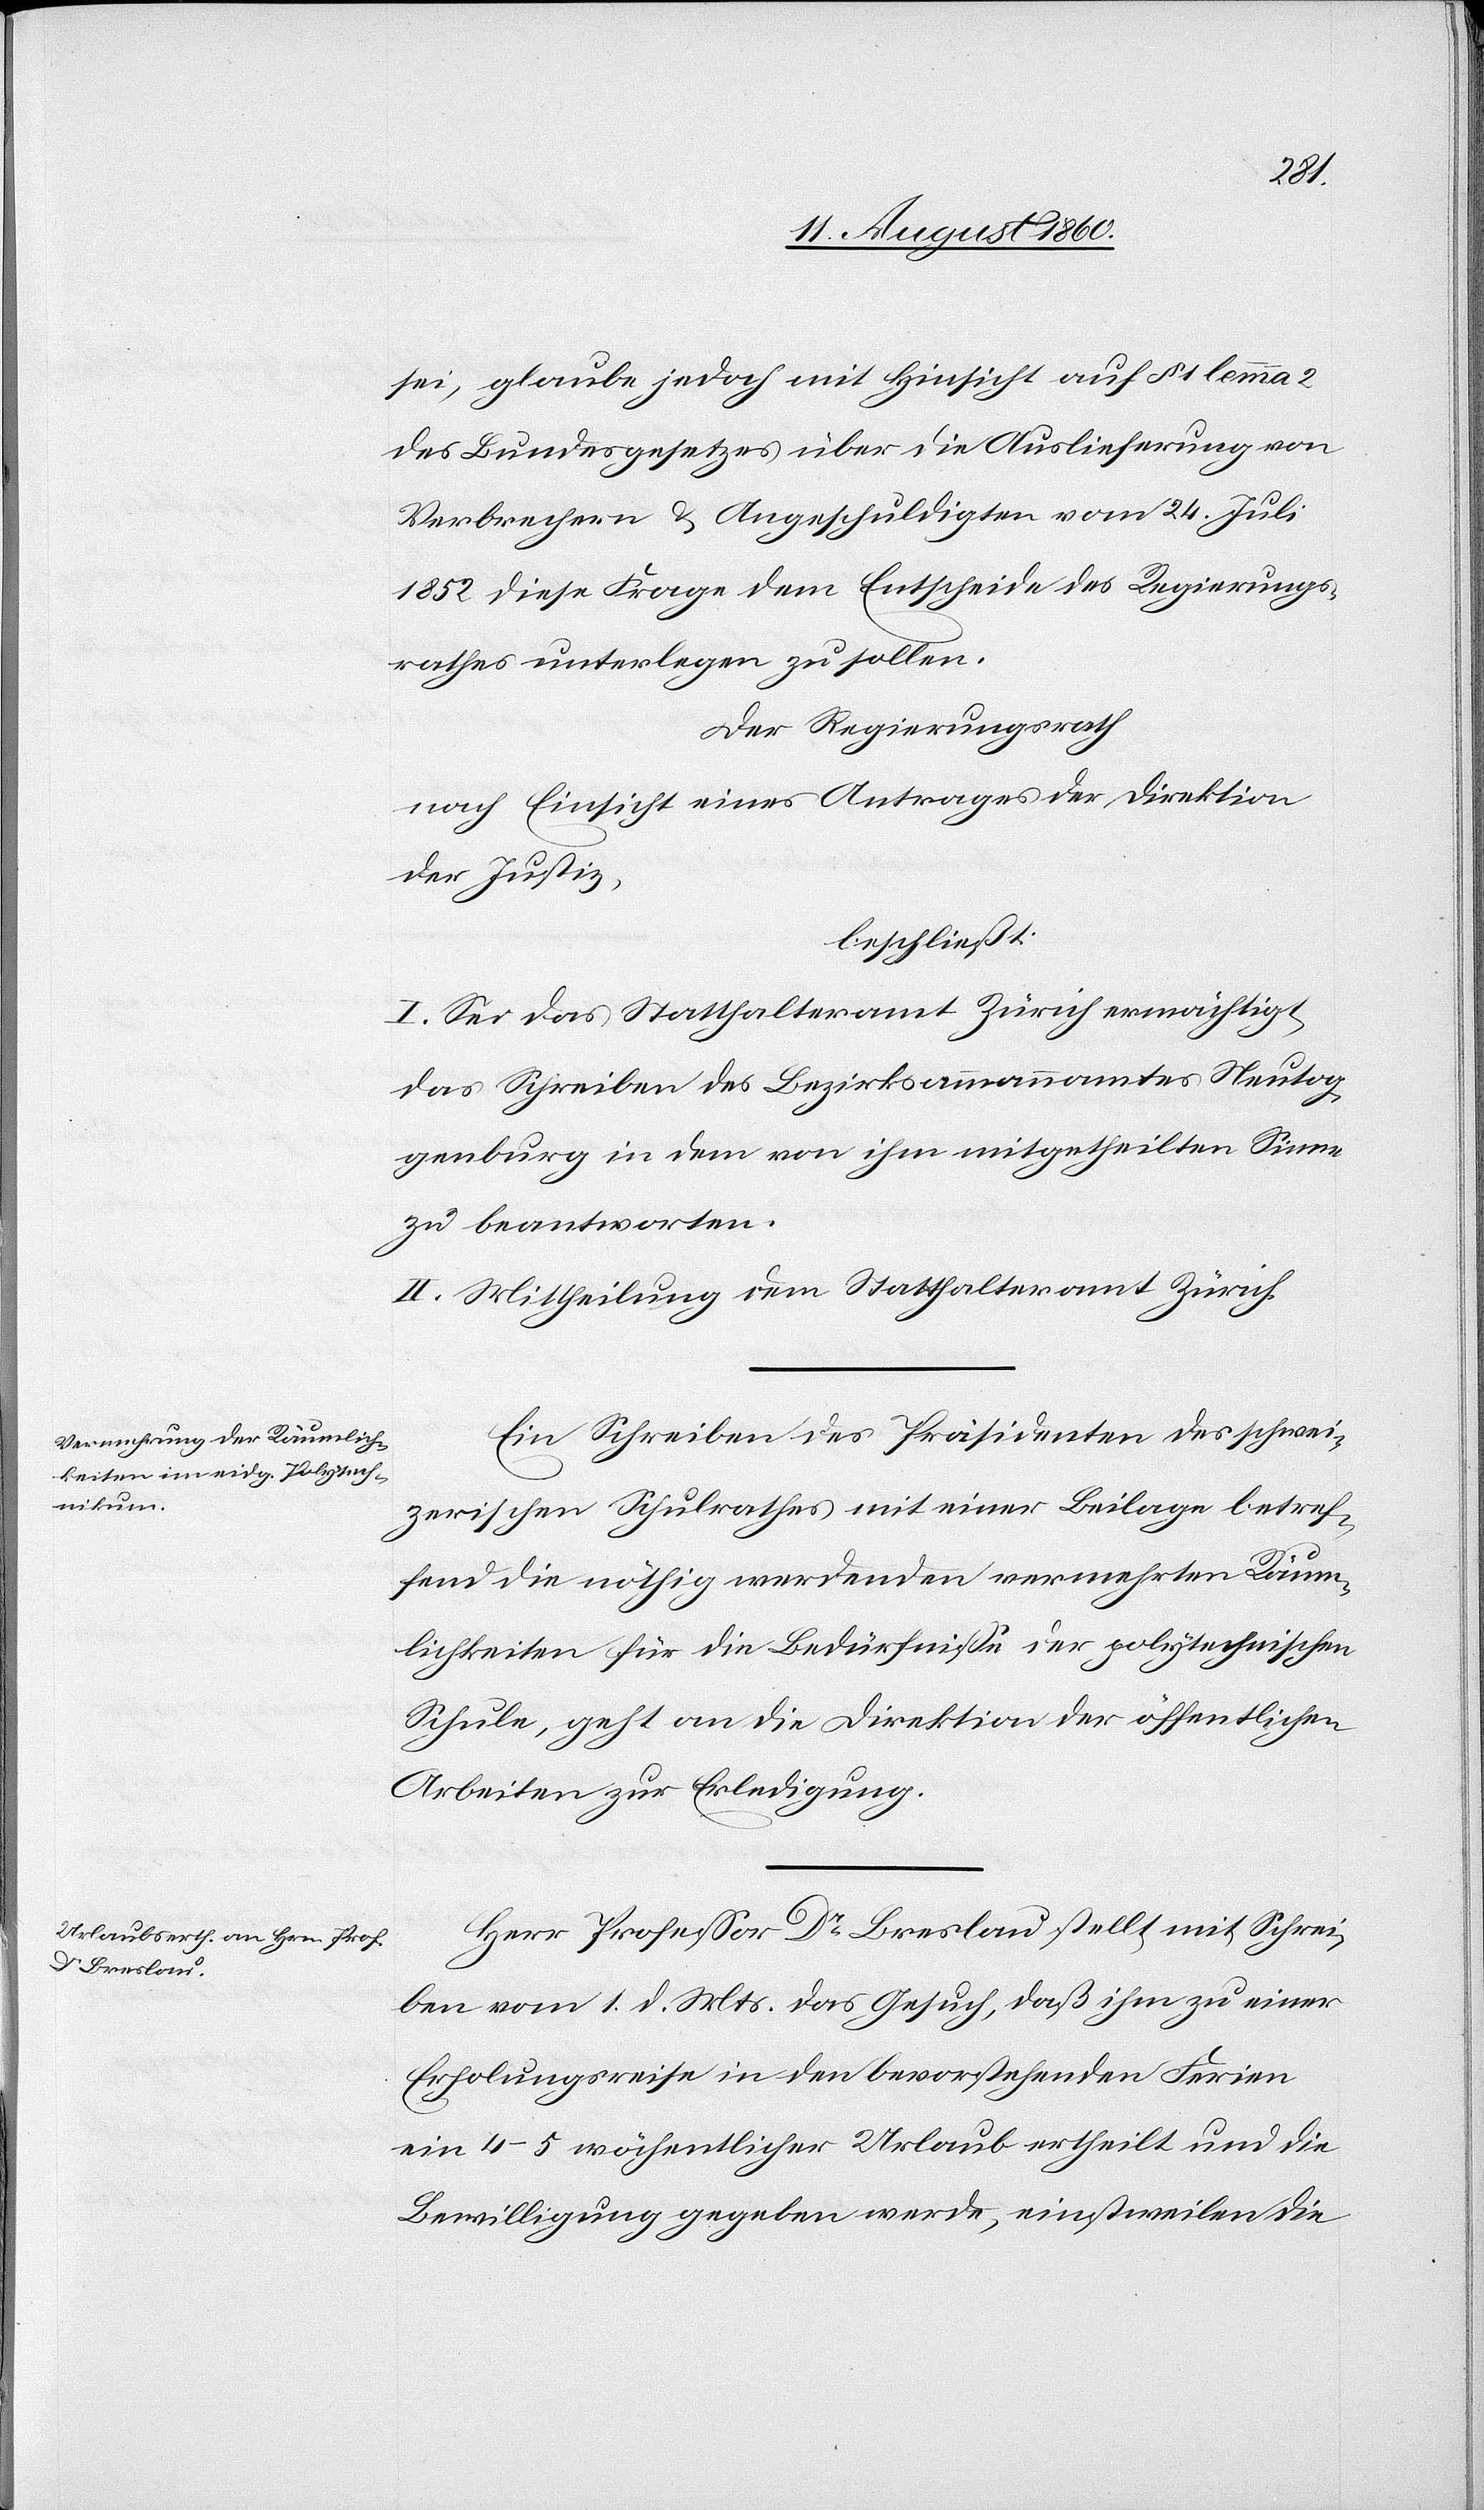
sei, glaube jedoch mit Hinsicht auf §. 1 lemma 2.
des Bundesgesetzes über die Auslieferung von
Verbrechern und Angeschuldigten vom 24. Juli
1852 diese Frage dem Entscheide des Regierungs¬
rathes unterlegen zu sollen.
Der Regierungsrath,
nach Einsicht eines Antrages der Direktion
der Justiz,
beschliesst:
I. Sei das Statthalteramt Zürich ermächtigt,
das Schreiben des Bezirksammannamtes Neutog¬
genburg in dem von ihm mitgetheilten Sinne
zu beantworten.
II. Mittheilung dem Statthalteramte Zürich.
Ein Schreiben des Präsidenten des schwei¬
zerischen Schulrathes mit einer Beilage betref¬
fend die nöthig werdenden vermehrten Räum¬
lichkeiten für die Bedürfnisse der polytechnischen
Schule geht an die Direktion der öffentlichen
Arbeiten zur Erledigung.
Herr Professor Dr. Breslau stellt mit Schrei¬
ben vom 1. d. Mts. das Gesuch, dass ihm zu einer
Erholungsreise in den bevorstehenden Ferien
ein 4–5 wochentlicher [sic!] Urlaub ertheilt und die
Bewilligung gegeben werde, einstweilen die